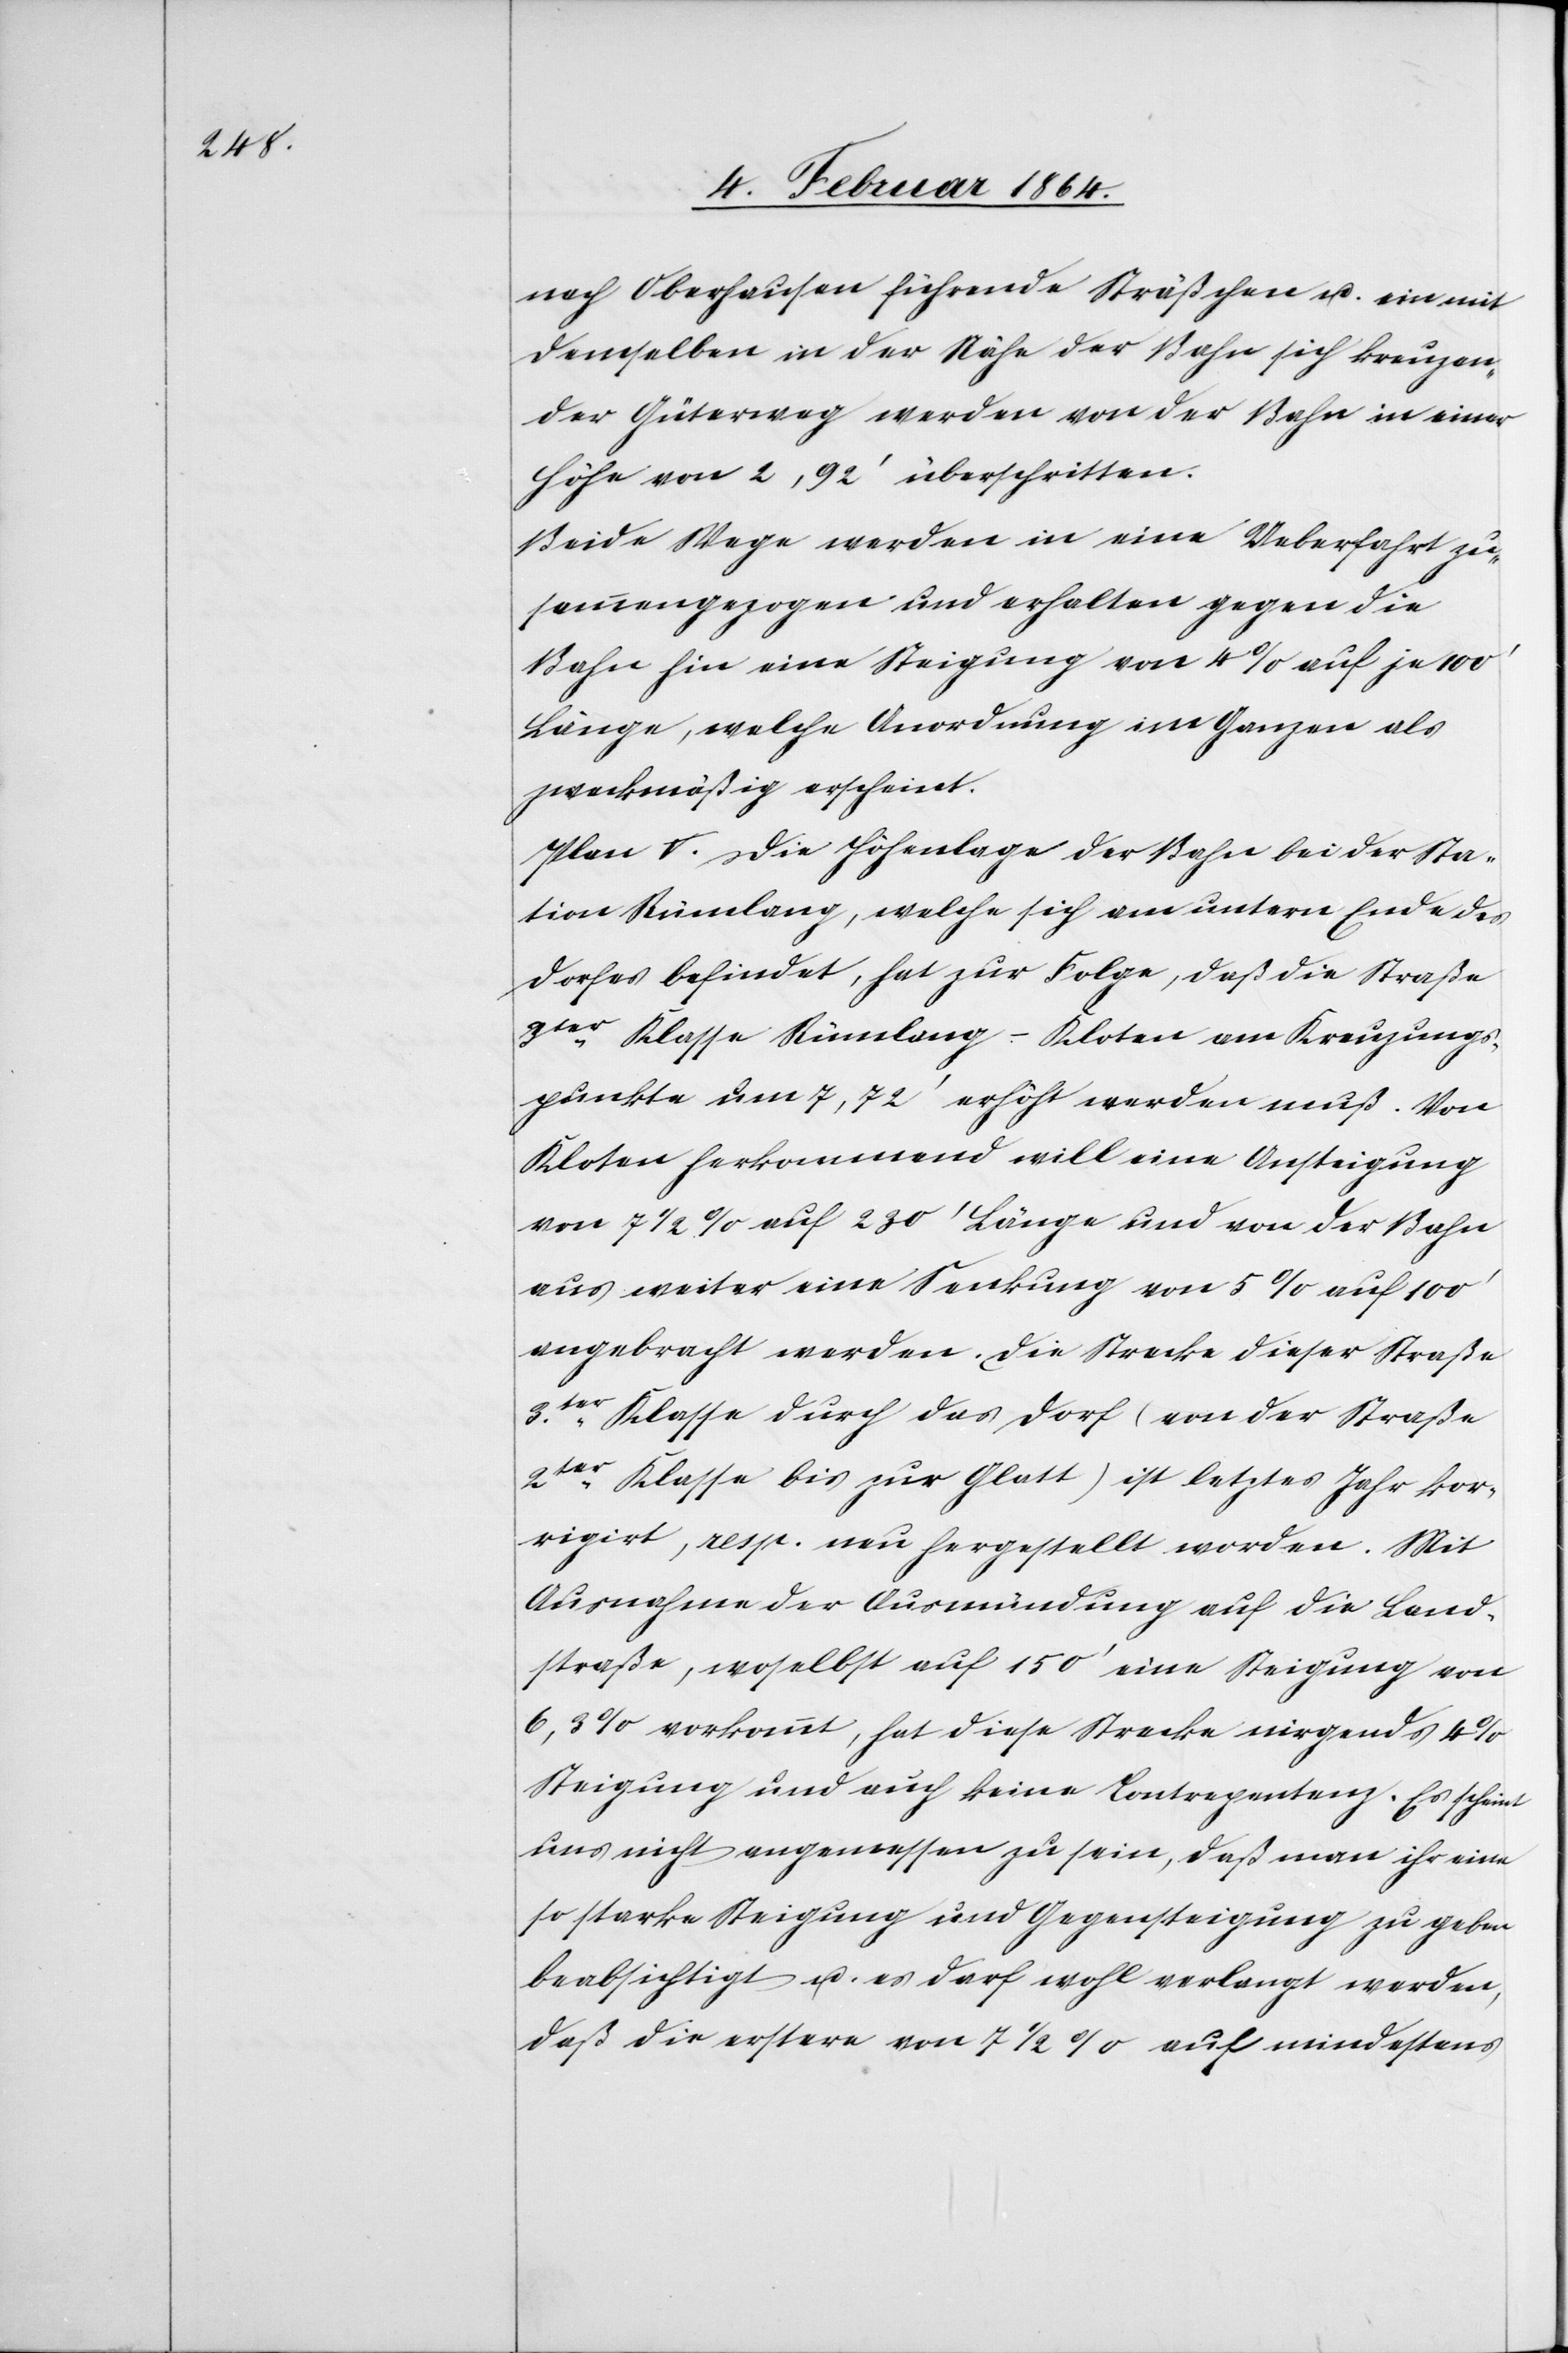
nach Oberhausen führende Sträßchen u. ein mit
demselben in der Nähe der Bahn sich kreuzen¬
der Güterweg werden von der Bahn in einer
Höhe von 2,92’ überschritten.
Beide Wege werden in eine Ueberfahrt zu¬
sammengezogen und erhalten gegen die
Bahn hin eine Steigung von 4% auf je 100’
Länge, welche Anordnung im Ganzen als
zweckmäßig erscheint.
Plan V. Die Höhenlage der Bahn bei der Sta¬
tion Rümlang, welche sich am untern Ende des
Dorfes befindet, hat zur Folge, daß die Straße
3ter Klasse Rümlang-Kloten am Kreuzungs¬
punkte um 7,72’ erhöht werden muß. Von
Kloten herkommend will eine Ansteigung
von 7 1/2% auf 230’ Länge und von der Bahn
aus weiter eine Senkung von 5% auf 100’
angebracht werden. Die Strecke dieser Straße
3ter Klasse durch das Dorf (von der Straße
2ter Klasse bis zur Glatt) ist letztes Jahr kor¬
rigirt, resp. neu hergestellt worden. Mit
Ausnahme der Ausmündung auf die Land¬
straße, woselbst auf 150’ eine Steigung von
6,3% vorkommt, hat diese Strecke nirgends 4%
Steigung und auch keine Contrapentenz. Es scheint
uns nicht angemessen zu sein, daß man ihr eine
so starke Steigung und Gegensteigung zu geben
beabsichtigt u. es darf wohl verlangt werden,
daß die erstere von 7 1/2% auf mindestens